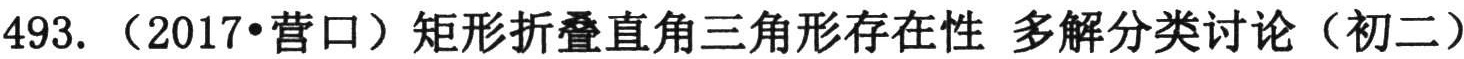
493. （2017•营口）矩形折叠直角三角形存在性 多解分类讨论（初二）